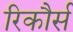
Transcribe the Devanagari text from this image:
रिकौर्स